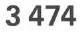
3474